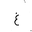
Letter: _gayn